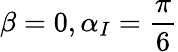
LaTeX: \beta=0,\alpha_{I}=\frac{\pi}{6}